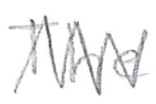
Text: The
Cross-out: zig-zag
Writing tool: pencil